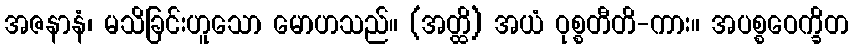
အဇနာနံ၊ မသိခြင်းဟူသော မောဟသည်။ (အတ္ထိ) အယံ ဝုစ္စတီတိ-ကား။ အပစ္စဝေက္ခိတ